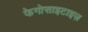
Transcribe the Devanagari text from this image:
फेगोसाइटाइज़